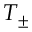
T _ { \pm }